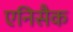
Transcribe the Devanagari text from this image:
एनिसैक